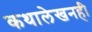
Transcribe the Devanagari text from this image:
कथालेखनही